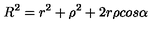
R ^ { 2 } = r ^ { 2 } + \rho ^ { 2 } + 2 r \rho c o s \alpha